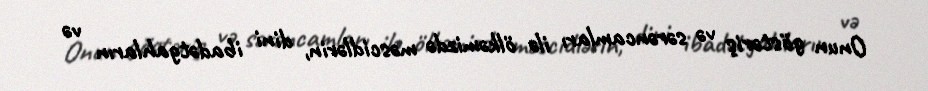
Onun göstəriş və sərəncamları ilə ölkəmizdə məscidlərin, dini ibadətgahların və